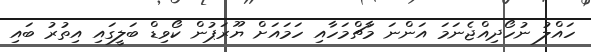
ހައްލު ނުހޯދިއްޖެނަމަ އަންނަ މާޗްމަހާއި ހަމައަށް ޔޫރަޕުން ކޯވިޑް ބަލީގައި އިތުރު ބައި